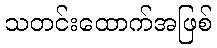
သတင်းထောက်အဖြစ်